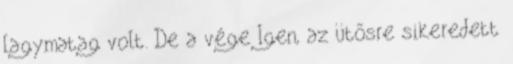
lagymatag volt. De a vége Igen, az ütősre sikeredett